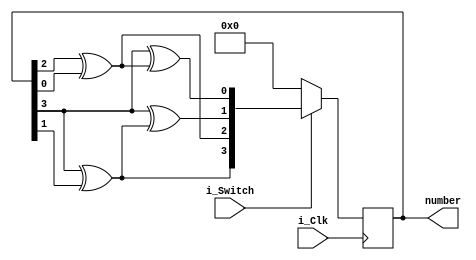
module lfsr_4bit
    #(parameter BITS = 4)
    (input i_Clk,
     input i_Switch,
     output reg [3:0] number);

    reg [3:0] next_num;
    always @* begin 
        next_num[3] = number[3]^number[1];
        next_num[2] = number[2]^number[0];
        next_num[1] = number[3]^next_num[3];
        next_num[0] = number[3]^next_num[2];
    end
    
    always @(posedge i_Clk)
    begin
        if(!i_Switch)
            number <= 4'b0000;
        else
            number <= next_num;
    end
endmodule